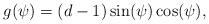
LaTeX: \begin{align*}g(\psi)=(d-1)\sin(\psi)\cos(\psi),\end{align*}